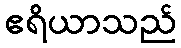
ဧရိယာသည်